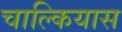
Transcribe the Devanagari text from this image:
चाल्कियास